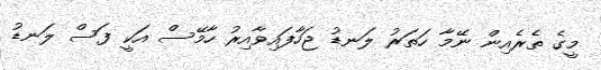
މީގެ ތެރެއިން ނޭމާ ހަތަރު ލަނޑު ޖަހާފައިވާއިރު ހާމޭސް އަކީ ފަސް ލަނޑު